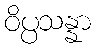
ဝိပ္ပသန္နာ